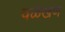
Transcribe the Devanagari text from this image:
वळेखण